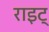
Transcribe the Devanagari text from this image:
राइट्‍